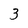
Character: 3